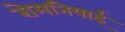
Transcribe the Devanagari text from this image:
रोमनियाई